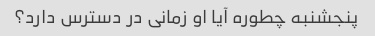
پنجشنبه چطوره آیا او زمانی در دسترس دارد؟